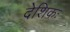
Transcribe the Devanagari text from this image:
देशिकः